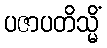
ပဇာပတိသ္မိံ